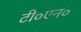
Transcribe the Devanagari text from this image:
टी०एन०